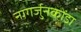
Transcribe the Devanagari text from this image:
नागर्जुनकोंडा